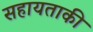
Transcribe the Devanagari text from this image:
सहायताकी